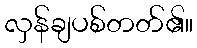
လှန်ချပစ်တတ်၏။